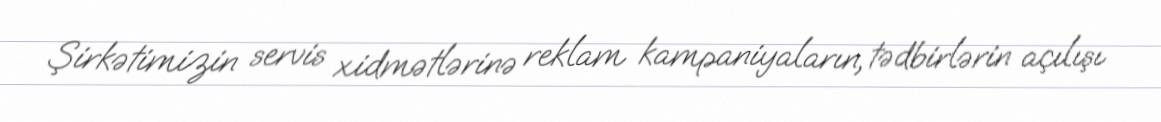
Şirkətimizin servis xidmətlərinə reklam kampaniyaların, tədbirlərin açılışı